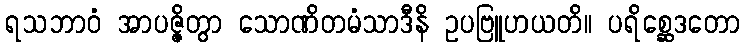
ရသဘာဝံ အာပဇ္ဇိတွာ သောဏိတမံသာဒီနိ ဥပဗြူဟယတိ။ ပရိစ္ဆေဒတော